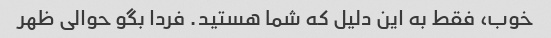
خوب، فقط به این دلیل که شما هستید. فردا بگو حوالی ظهر